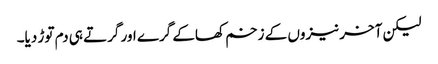
لیکن آخر نیزوں کے زخم کھاکے گرے اور گرتے ہی دم توڑ دیا۔